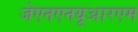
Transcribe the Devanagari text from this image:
जेएनएनयूआरएम